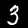
Digit: 3